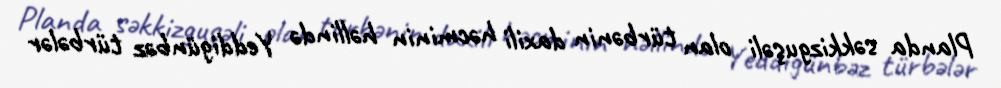
Planda səkkizguşəli olan türbənin daxili həcminin həllində Yeddigünbəz türbələr